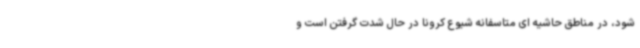
شود، در مناطق حاشیه ای متاسفانه شیوع کرونا در حال شدت گرفتن است و